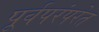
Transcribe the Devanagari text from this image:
पूर्वपरंपरेत